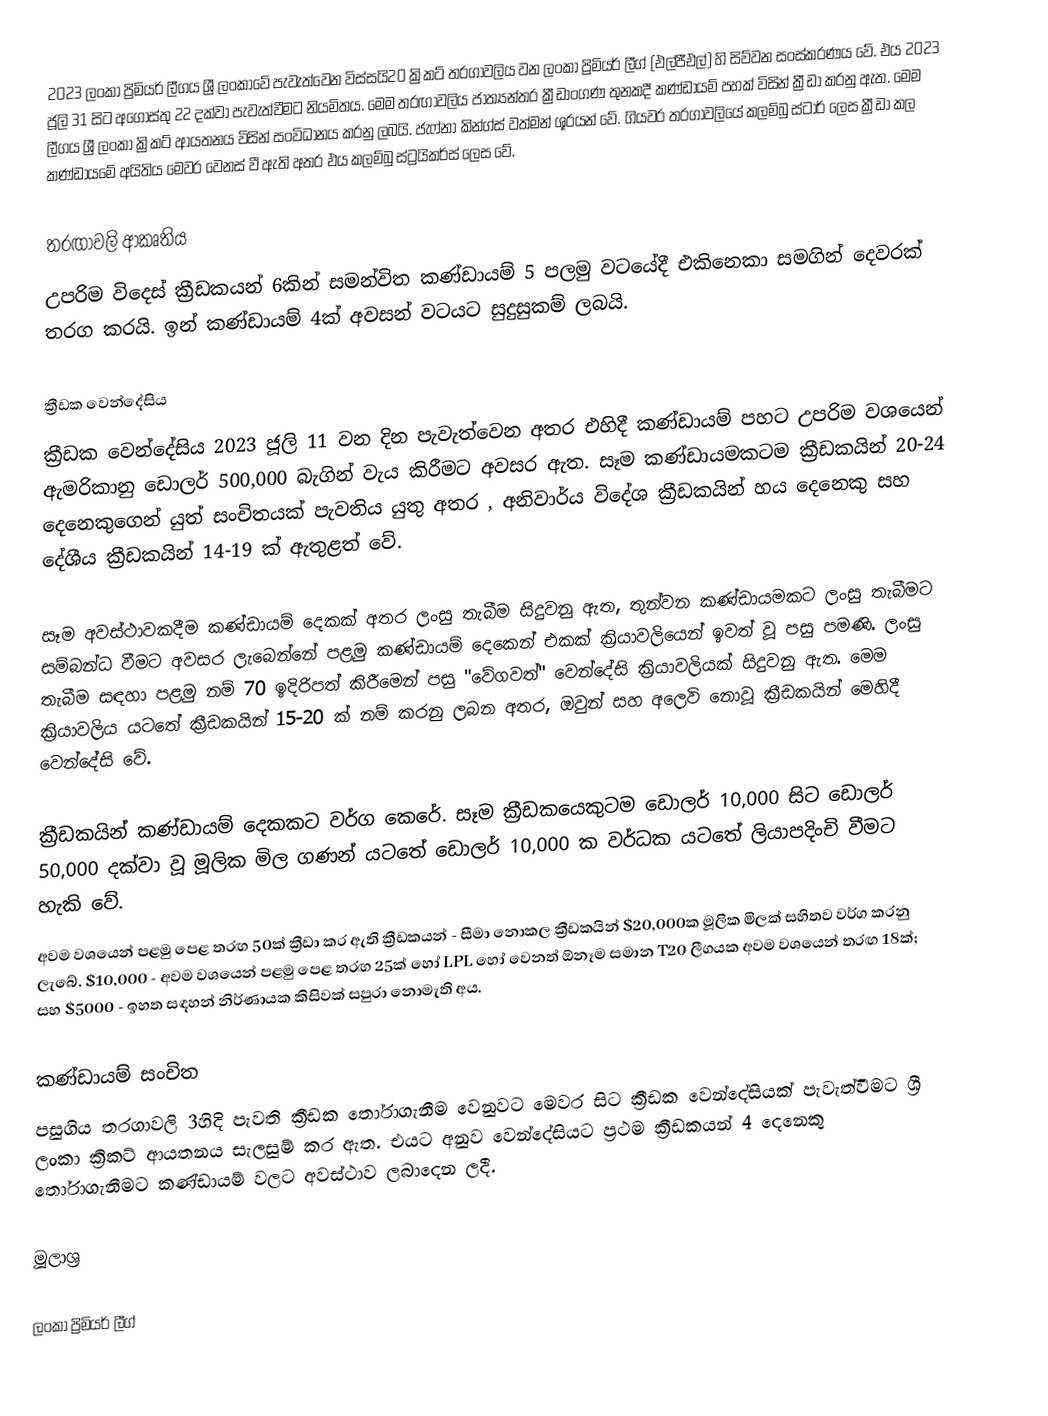
2023 ලංකා ප්‍රිමියර් ලීගය ශ්‍රී ලංකාවේ පැවැත්වෙන විස්සයි20  ක්‍රිකට් තරගාවලිය වන ලංකා ප්‍රිමියර් ලීග් (එල්පීඑල්) හි සිව්වන සංස්කරණය වේ. එය 2023 ජූලි 31 සිට අගෝස්තු 22 දක්වා පැවැත්වීමට නියමිතය. මෙම තරඟාවලිය ජාත්‍යන්තර ක්‍රීඩාංගණ තුනකදී කණ්ඩායම් පහක් විසින් ක්‍රීඩා කරනු ඇත. මෙම ලීගය ශ්‍රී ලංකා ක්‍රිකට් ආයතනය විසින් සංවිධානය කරනු ලබයි.  ජැෆ්නා කින්ග්ස් වත්මන් ශූරයන් වේ. ගියවර තරගාවලියේ කලම්බු ස්ටාර් ලෙස ක්‍රීඩා කල කණ්ඩායමේ අයිතිය මෙවර වෙනස් වී ඇති අතර එය කලම්බු ස්ට්‍රයිකර්ස් ලෙස වේ.

තරඟාවලි ආකෘතිය
උපරිම විදෙස් ක්‍රීඩකයන් 6කින් සමන්විත කණ්ඩායම් 5 පලමු වටයේදී එකිනෙකා සමගින් දෙවරක් තරග කරයි. ඉන් කණ්ඩායම් 4ක් අවසන් වටයට සුදුසුකම් ලබයි.

ක්‍රීඩක වෙන්දේසිය
ක්‍රීඩක වෙන්දේසිය 2023 ජූලි 11 වන දින පැවැත්වෙන අතර එහිදී කණ්ඩායම් පහට උපරිම වශයෙන් ඇමරිකානු ඩොලර් 500,000 බැගින් වැය කිරීමට අවසර ඇත. සෑම කණ්ඩායමකටම ක්‍රීඩකයින් 20-24 දෙනෙකුගෙන් යුත් සංචිතයක් පැවතිය යුතු අතර , අනිවාර්ය විදේශ ක්‍රීඩකයින් හය දෙනෙකු සහ දේශීය ක්‍රීඩකයින් 14-19 ක් ඇතුළත් වේ.

සෑම අවස්ථාවකදීම කණ්ඩායම් දෙකක් අතර ලංසු තැබීම සිදුවනු ඇත, තුන්වන කණ්ඩායමකට ලංසු තැබීමට සම්බන්ධ වීමට අවසර ලැබෙන්නේ පළමු කණ්ඩායම් දෙකෙන් එකක් ක්‍රියාවලියෙන් ඉවත් වූ පසු පමණි. ලංසු තැබීම සඳහා පළමු නම් 70 ඉදිරිපත් කිරීමෙන් පසු "වේගවත්" වෙන්දේසි ක්‍රියාවලියක් සිදුවනු ඇත. මෙම ක්‍රියාවලිය යටතේ  ක්‍රීඩකයින් 15-20 ක් නම් කරනු ලබන අතර, ඔවුන් සහ අලෙවි නොවූ ක්‍රීඩකයින් මෙහිදී වෙන්දේසි වේ.

ක්‍රීඩකයින් කණ්ඩායම් දෙකකට වර්ග කෙරේ. සෑම ක්‍රීඩකයෙකුටම ඩොලර් 10,000 සිට ඩොලර් 50,000 දක්වා වූ මූලික මිල ගණන් යටතේ ඩොලර් 10,000 ක වර්ධක යටතේ ලියාපදිංචි වීමට හැකි වේ.
අවම වශයෙන් පළමු පෙළ තරඟ 50ක් ක්‍රීඩා කර ඇති ක්‍රීඩකයන් - සීමා නොකල ක්‍රීඩකයින් $20,000ක මූලික මිලක් සහිතව වර්ග කරනු ලැබේ. $10,000 - අවම වශයෙන් පළමු පෙළ තරඟ 25ක් හෝ LPL හෝ වෙනත් ඕනෑම සමාන T20 ලීගයක අවම වශයෙන් තරඟ 18ක්; සහ $5000 - ඉහත සඳහන් නිර්ණායක කිසිවක් සපුරා නොමැති අය.

කණ්ඩායම් සංචිත
පසුගිය තරගාවලි 3හිදි පැවති ක්‍රීඩක තෝරාගැනීම වෙනුවට මෙවර සිට ක්‍රීඩක වෙන්දේසියක් පැවැත්වීමට ශ්‍රී ලංකා ක්‍රිකට් ආයතනය සැලසුම් කර ඇත. එය⁣ට අනුව වෙන්දේසියට ප්‍රථම ක්‍රීඩකයන් 4 දෙනෙකු තෝරාගැනීමට කණ්ඩායම් වලට අවස්ථාව ලබාදෙන ලදී.

මූලාශ්‍ර

 ලංකා ප්‍රිමියර් ලීග්